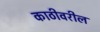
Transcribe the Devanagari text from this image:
काठीवरील